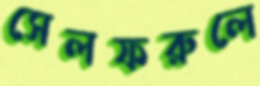
সেলফরুলে